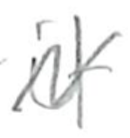
Text: if
Cross-out: zig-zag
Writing tool: pencil